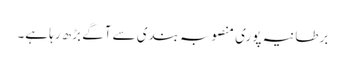
برطانیہ پوری منصوبہ بندی سے آگے بڑھ رہا ہے۔